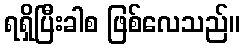
ရရှိပြီးခါစ ဖြစ်လေသည်။